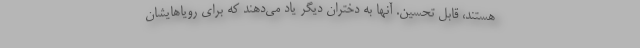
هستند، قابل تحسین. آنها به دختران دیگر یاد می‌دهند که برای رویاهایشان